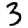
Digit: 3